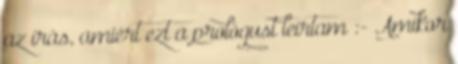
az írás, amiért ezt a prológust leírtam :- Amikor